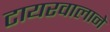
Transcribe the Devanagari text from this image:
टायरवालाने